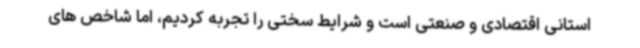
استانی اقتصادی و صنعتی است و شرایط سختی را تجربه کردیم، اما شاخص های